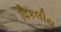
વિકલીય